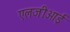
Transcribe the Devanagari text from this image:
एलजीआई